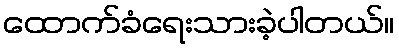
ထောက်ခံရေးသားခဲ့ပါတယ်။